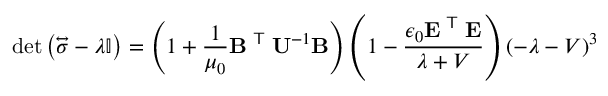
\operatorname* { d e t } { \left( { \overleftrightarrow { \boldsymbol { \sigma } } } - \lambda \mathbf { \mathbb { I } } \right) } = \left( 1 + { \frac { 1 } { \mu _ { 0 } } } \mathbf { B } ^ { \textsf { T } } \mathbf { U } ^ { - 1 } \mathbf { B } \right) \left( 1 - { \frac { \epsilon _ { 0 } \mathbf { E } ^ { \textsf { T } } \mathbf { E } } { \lambda + V } } \right) \left( - \lambda - V \right) ^ { 3 }